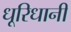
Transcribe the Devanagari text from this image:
धूरिधानी